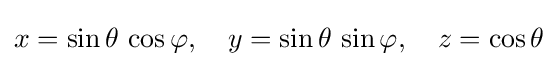
x=\sin \theta \,\cos \varphi ,\quad y=\sin \theta \,\sin \varphi ,\quad z=\cos \theta